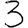
Digit: 3